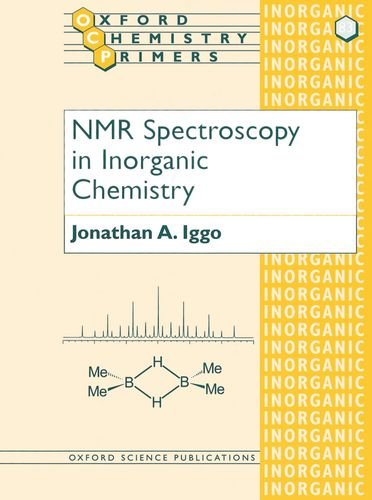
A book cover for NMR Spectroscopy in Inorganic Chemistry (Oxford Chemistry Primers); Jonathan A. Iggo; Science & Math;